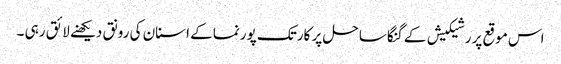
اس موقع پر رشیکیش کے گنگا ساحل پر کارتک پورنما کے اسنان کی رونق دیکھنے لائق رہی ۔